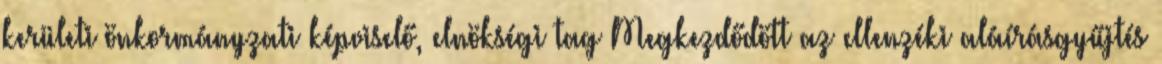
kerületi önkormányzati képviselő, elnökségi tag Megkezdődött az ellenzéki aláírásgyűjtés